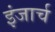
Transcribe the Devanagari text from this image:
इंजार्च